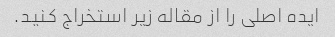
ایده اصلی را از مقاله زیر استخراج کنید.